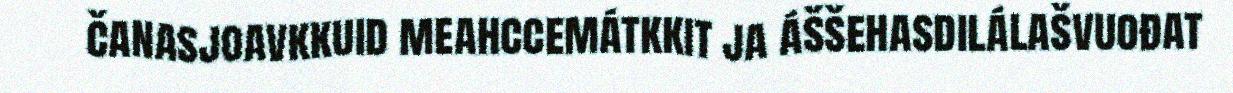
čanasjoavkkuid meahccemátkkit ja áššehasdilálašvuođat